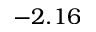
- 2 . 1 6